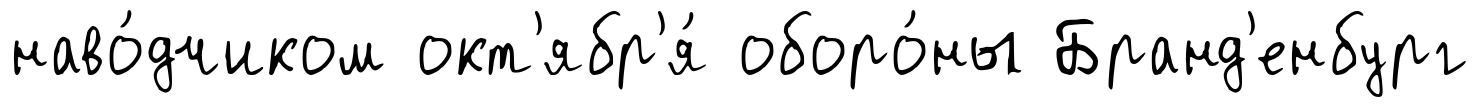
наво́дчиком окт'ябр'я́ оборо́ны Бранд'енбург